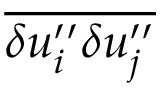
\overline { { { \delta u _ { i } ^ { \prime \prime } \delta u _ { j } ^ { \prime \prime } } } }